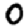
Digit: 0